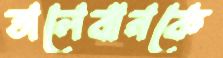
তালেবানকে